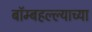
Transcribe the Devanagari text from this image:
बॉम्बहल्ल्याच्या